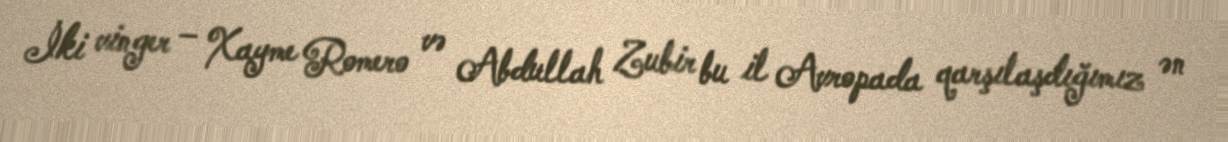
İki vinger – Xayme Romero və Abdullah Zubir bu il Avropada qarşılaşdığımız ən